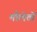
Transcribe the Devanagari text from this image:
मौलेतों